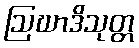
ဩဃာဒိသုတ္တ